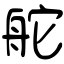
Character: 舵